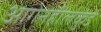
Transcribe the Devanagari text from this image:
आगेनहीलकुंडे